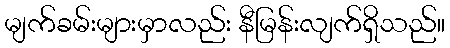
မျက်ခမ်းများမှာလည်း နီမြန်းလျက်ရှိသည်။